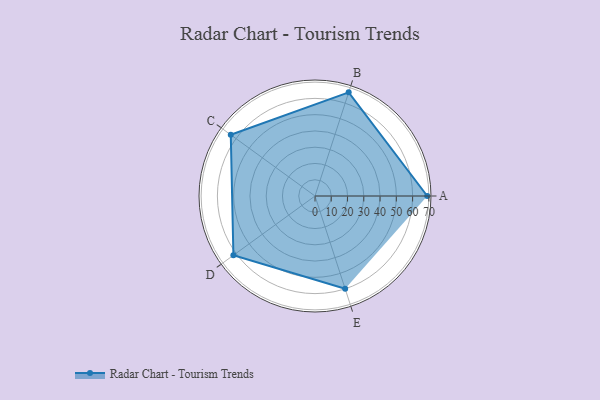
{"axis": {"x": "Skill", "y": "Score"}, "legend": ["Profile"], "data": [{"x": "A", "y": 69.0, "type": "Profile"}, {"x": "B", "y": 67.0, "type": "Profile"}, {"x": "C", "y": 64.0, "type": "Profile"}, {"x": "D", "y": 62.0, "type": "Profile"}, {"x": "E", "y": 60.0, "type": "Profile"}]}